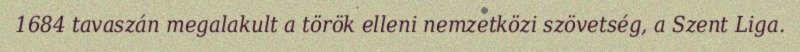
1684 tavaszán megalakult a török elleni nemzetközi szövetség, a Szent Liga.